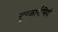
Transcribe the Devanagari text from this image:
सुरकार्यमिदं